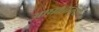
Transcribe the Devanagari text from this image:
आघातांमुळे